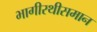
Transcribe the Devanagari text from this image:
भागीरथीसमान